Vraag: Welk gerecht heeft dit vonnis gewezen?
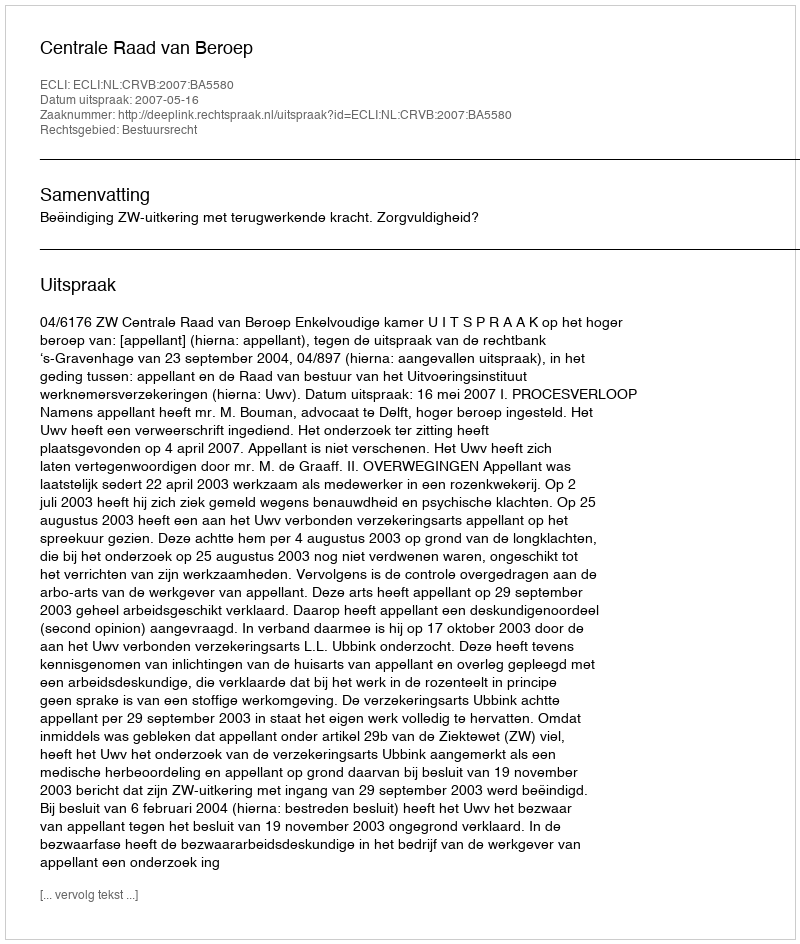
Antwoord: Centrale Raad van Beroep